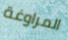
المراوغة